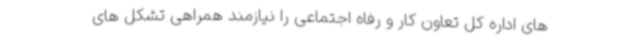
های اداره کل تعاون کار و رفاه اجتماعی را نیازمند همراهی تشکل های